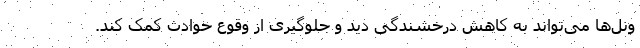
ونل‌ها می‌تواند به کاهش درخشندگی دید و جلوگیری از وقوع حوادث کمک کند.